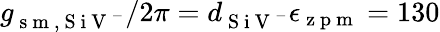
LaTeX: g_{\mathrm{~s~m~,~S~i~V~}^{-}}/2\pi=d_{\mathrm{~S~i~V~}^{-}}\epsilon_{\mathrm{~z~p~m~}}=130